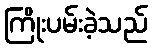
ကြိုးပမ်းခဲ့သည်